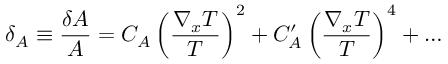
\delta _ { \cal A } \equiv { \frac { \delta { \cal A } } { \cal A } } = C _ { \cal A } \left( \frac { \nabla _ { x } T } { T } \right) ^ { 2 } + C _ { \cal A } ^ { \prime } \left( \frac { \nabla _ { x } T } { T } \right) ^ { 4 } + \ldots